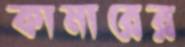
কামারের